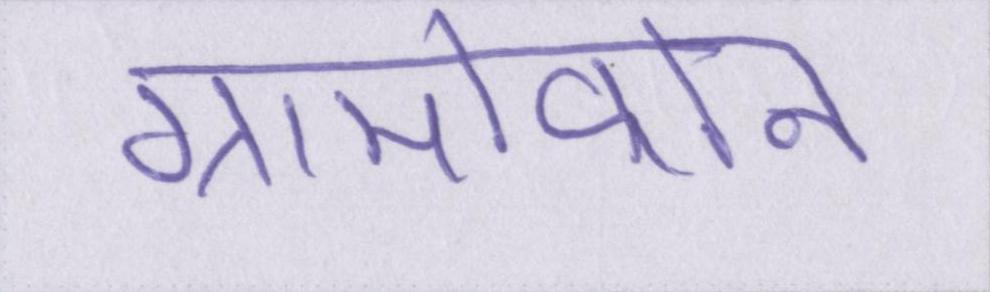
ग्रामोफोन